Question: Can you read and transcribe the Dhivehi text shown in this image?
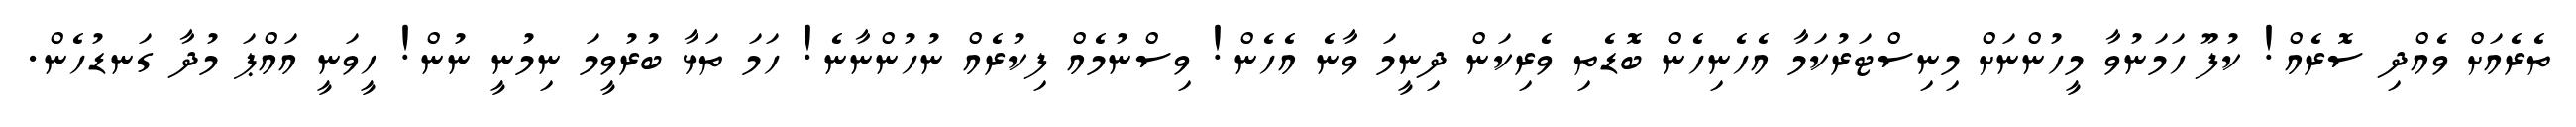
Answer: ތެރެއަށް ވެއްދި ސޮރެއް! ކުފޫ ހަމަނުވާ މީހުންނަށް މިނިސްޓަރުކަމާ އެހެނިހެން ބޮޑެތި ވެރިކަން ދިނީމަ ވާނެ އެހެން! ވިސްނުމެއް ފިކުރެއް ނުހުންނާނެ! ހަމަ ތަޅާ ބުރުވީމަ ނިމުނީ ނުން! ހީވަނީ އައްޕަ މުދާ ގަނޑުހެން.